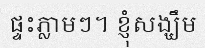
ផ្ទះភ្លាមៗ។ ខ្ញុំសង្ឃឹម